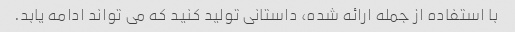
با استفاده از جمله ارائه شده، داستانی تولید کنید که می تواند ادامه یابد.